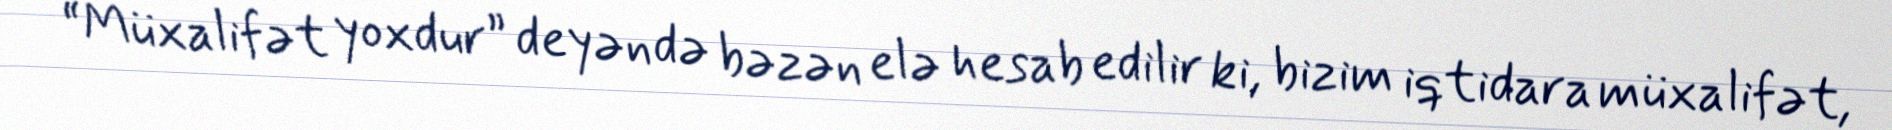
“Müxalifət yoxdur” deyəndə bəzən elə hesab edilir ki, bizim iqtidara müxalifət,